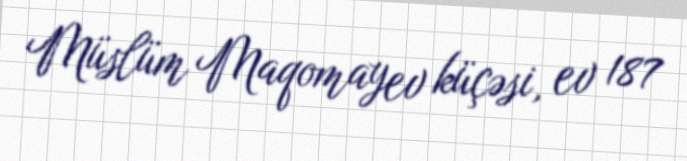
Müslüm Maqomayev küçəsi, ev 187